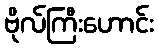
ဗိုလ်ကြီးဟောင်း